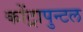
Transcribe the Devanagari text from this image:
कोंट्रापुन्टल